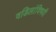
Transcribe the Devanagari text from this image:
वडिलांविषयी